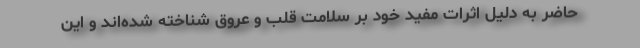
حاضر به دلیل اثرات مفید خود بر سلامت قلب و عروق شناخته شده‌اند و این